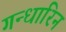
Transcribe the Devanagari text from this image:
गन्धारिन